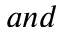
a n d